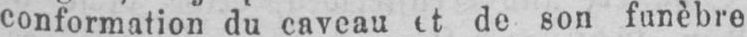
conformation du caveau et de son funèbre